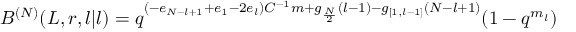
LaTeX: B ^ { ( N ) } ( L , r , l | l ) = q ^ { ( - e _ { N - l + 1 } + e _ { 1 } - 2 e _ { l } ) C ^ { - 1 } m + g _ { \frac { N } { 2 } } ( l - 1 ) - g _ { [ 1 , l - 1 ] } ( N - l + 1 ) } ( 1 - q ^ { m _ { l } } )